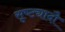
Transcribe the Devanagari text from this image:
सृष्ट्यादौ